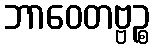
ဘာဝေတဗ္ဗဉ္စ